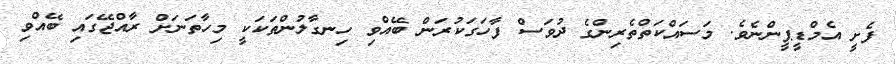
ފެށީ އެމްޑީޕީންނެވެ. މަސައްކަތްތެރިންގެ ދުވަސް ފާހަގަކުރަން ބޭއްވި ހިނގާލުންތަކަކީ މިހާތަނަށް ރާއްޖޭގައި ބޭއްވި